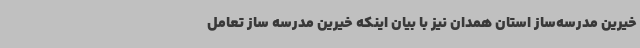
خیرین مدرسه‌ساز استان همدان نیز با بیان اینکه خیرین مدرسه ساز تعامل